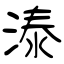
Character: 溙